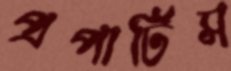
প্রপার্টিস